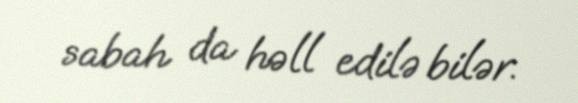
sabah da həll edilə bilər.